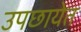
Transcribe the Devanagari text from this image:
उपछायेत